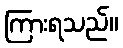
ကြားရသည်။